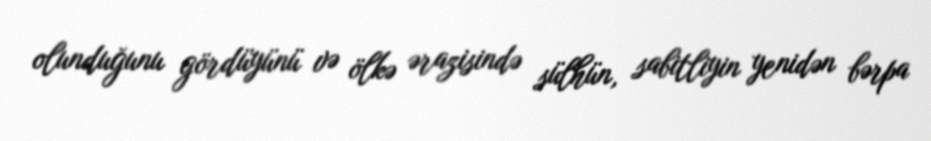
olunduğunu gördüyünü və ölkə ərazisində sülhün, sabitliyin yenidən bərpa